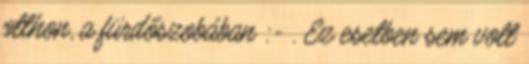
otthon, a fürdőszobában :- . Ez esetben sem volt